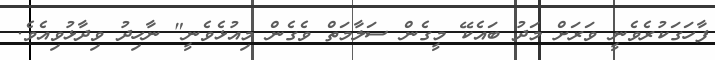
ފާހަގަކުރެވެނީ ވަރަށް މަދު ބައެކޭ މީގެން ސަލާމަތް ވެގެން މިއުޅެވެނީ" ނާހިދު ވިދާޅުވިއެވެ.